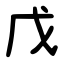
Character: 戊